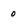
Character: 0